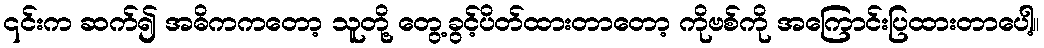
၎င်းက ဆက်၍ အဓိကကတော့ သူတို့ တွေ့ခွင့်ပိတ်ထားတာတော့ ကိုဗစ်ကို အကြောင်းပြထားတာပေါ့။